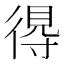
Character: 𢔶